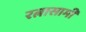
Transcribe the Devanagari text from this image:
रत्नासामी